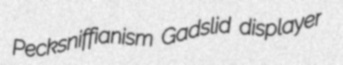
Pecksniffianism Gadslid displayer